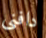
دافنى